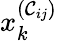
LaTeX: x_{k}^{(\mathcal{C}_{ij})}